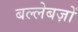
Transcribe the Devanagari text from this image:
बल्लेबज़ों